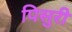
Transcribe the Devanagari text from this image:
पिसुरी